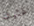
غثيان